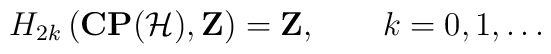
H_{2k}\left({\bf CP}({\cal H}), {\bf Z}\right)={\bf Z}, \qquad k=0,1,\ldots